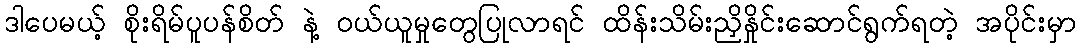
ဒါပေမယ့် စိုးရိမ်ပူပန်စိတ် နဲ့ ဝယ်ယူမှုတွေပြုလာရင် ထိန်းသိမ်းညှိနှိုင်းဆောင်ရွက်ရတဲ့ အပိုင်းမှာ